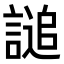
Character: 𧪲